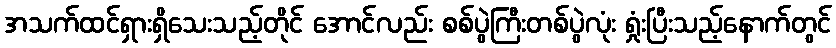
အသက်ထင်ရှားရှိသေးသည့်တိုင် အောင်လည်း စစ်ပွဲကြီးတစ်ပွဲလုံး ရှုံးပြီးသည့်နောက်တွင်